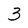
Character: 3